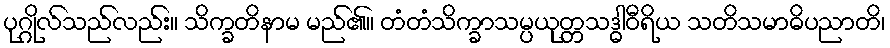
ပုဂ္ဂိုလ်သည်လည်း။ သိက္ခတိနာမ မည်၏။ တံတံသိက္ခာသမ္ပယုတ္တသဒ္ဓါဝီရိယ သတိသမာဓိပညာတိ၊